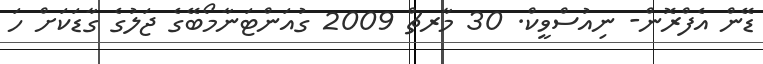
ޑޭން އެފްރޮން- ނިއުސްވީކް. 30 މާރޗް 2009 ގުއަންޓަނާމޯބޭގެ ޖަލުގެ ގާޑަކަށް ހަ